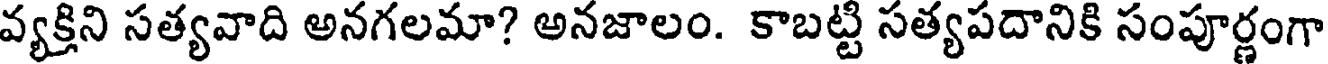
వ్యక్తిని సత్యవాది అనగలమా? అనజాలం. కాబట్టి సత్యపదానికి సంపూర్ణంగా